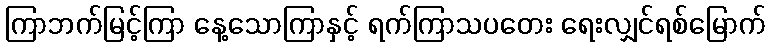
ကြာဘက်မြင့်ကြာ နေ့သောကြာနှင့် ရက်ကြာသပတေး ရေးလျှင်ရစ်မြောက်